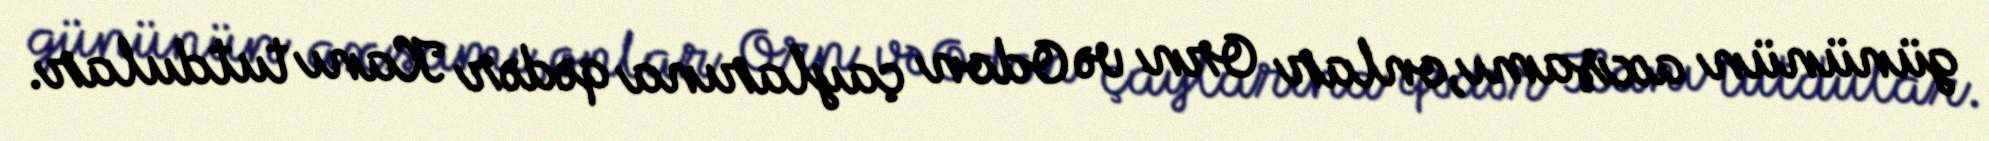
gününün axşamı,onlar Orn və Odon çaylarına qədər Kanı tutdular.